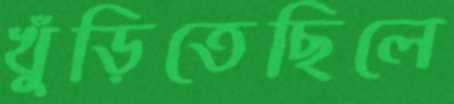
খুঁড়িতেছিলে